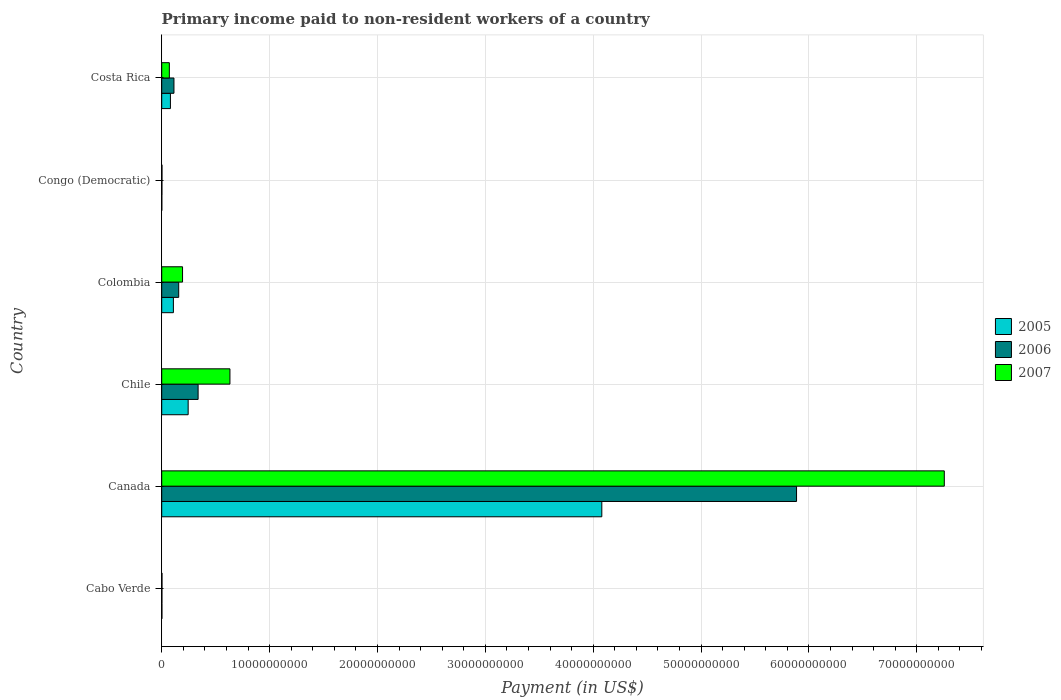
| Country | 2005 | 2006 | 2007 |
 | --- | --- | --- | --- |
 | Cabo Verde | 1.92e+07 | 1.91e+07 | 2.67e+07 |
 | Canada | 4.08e+10 | 5.89e+10 | 7.26e+10 |
 | Chile | 2.45e+09 | 3.37e+09 | 6.32e+09 |
 | Colombia | 1.08e+09 | 1.58e+09 | 1.93e+09 |
 | Congo (Democratic) | 9.5e+06 | 1.77e+07 | 2.6e+07 |
 | Costa Rica | 8.07e+08 | 1.14e+09 | 7.08e+08 |